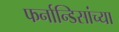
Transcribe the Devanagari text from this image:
फर्नान्डिसांच्या